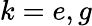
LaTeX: k=e,g